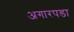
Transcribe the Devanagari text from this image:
अगारपडा